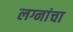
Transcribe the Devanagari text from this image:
लग्नांचा